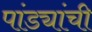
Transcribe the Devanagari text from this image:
पांड्यांची